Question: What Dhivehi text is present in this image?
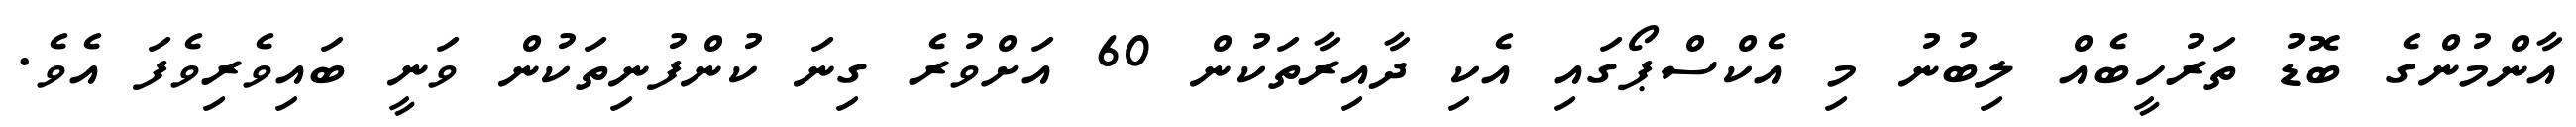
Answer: އާންމުންގެ ބޮޑު ތަރުހީބެއް ލިބުނު މި އެކްސްޕޯގައި އެކި ދާއިރާތަކުން 60 އަށްވުރެ ގިނަ ކުންފުނިތަކުން ވަނީ ބައިވެރިވެފަ އެވެ.